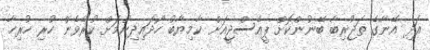
އަދި އޭނާގެ ތަޖުރިބާ ބޭނުންކޮށް ޕީއެސްޖީއަށް ކާމިޔާބު ހޯދައިދިނުމަށް ކުރެވެން ހުރި ހުރިހާ